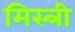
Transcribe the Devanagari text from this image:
मिस्‍त्री